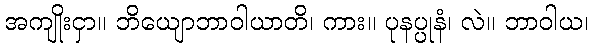
အကျိုးငှာ။ ဘိယျောဘာဝါယာတိ၊ ကား။ ပုနပ္ပုနံ၊ လဲ။ ဘာဝါယ၊